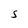
Character: S